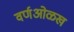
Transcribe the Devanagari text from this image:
वर्णओळख